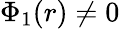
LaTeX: \Phi_{1}(r)\neq 0